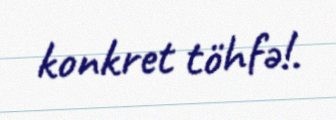
konkret töhfə!.